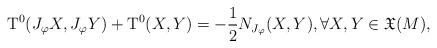
LaTeX: \begin{align*}\mathrm{T}^{0}(J_{\varphi}X,J_{\varphi}Y)+\mathrm{T}^{0}(X,Y)=-\frac{1}{2} N_{J_{\varphi}}(X,Y), \forall X, Y\in {\mathfrak X} (M),\end{align*}